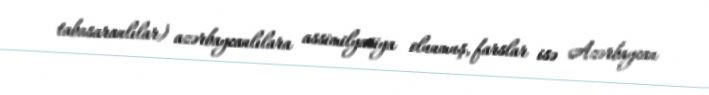
tabasaranlılar) azərbaycanlılara assimilyasiya olunmuş, farslar isə Azərbaycan